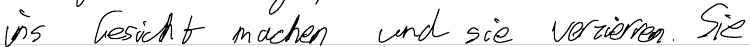
ins Gesicht machen und sie verzieren. Sie